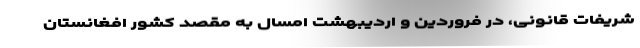
شریفات قانونی، در فروردین و اردیبهشت امسال به مقصد کشور افغانستان